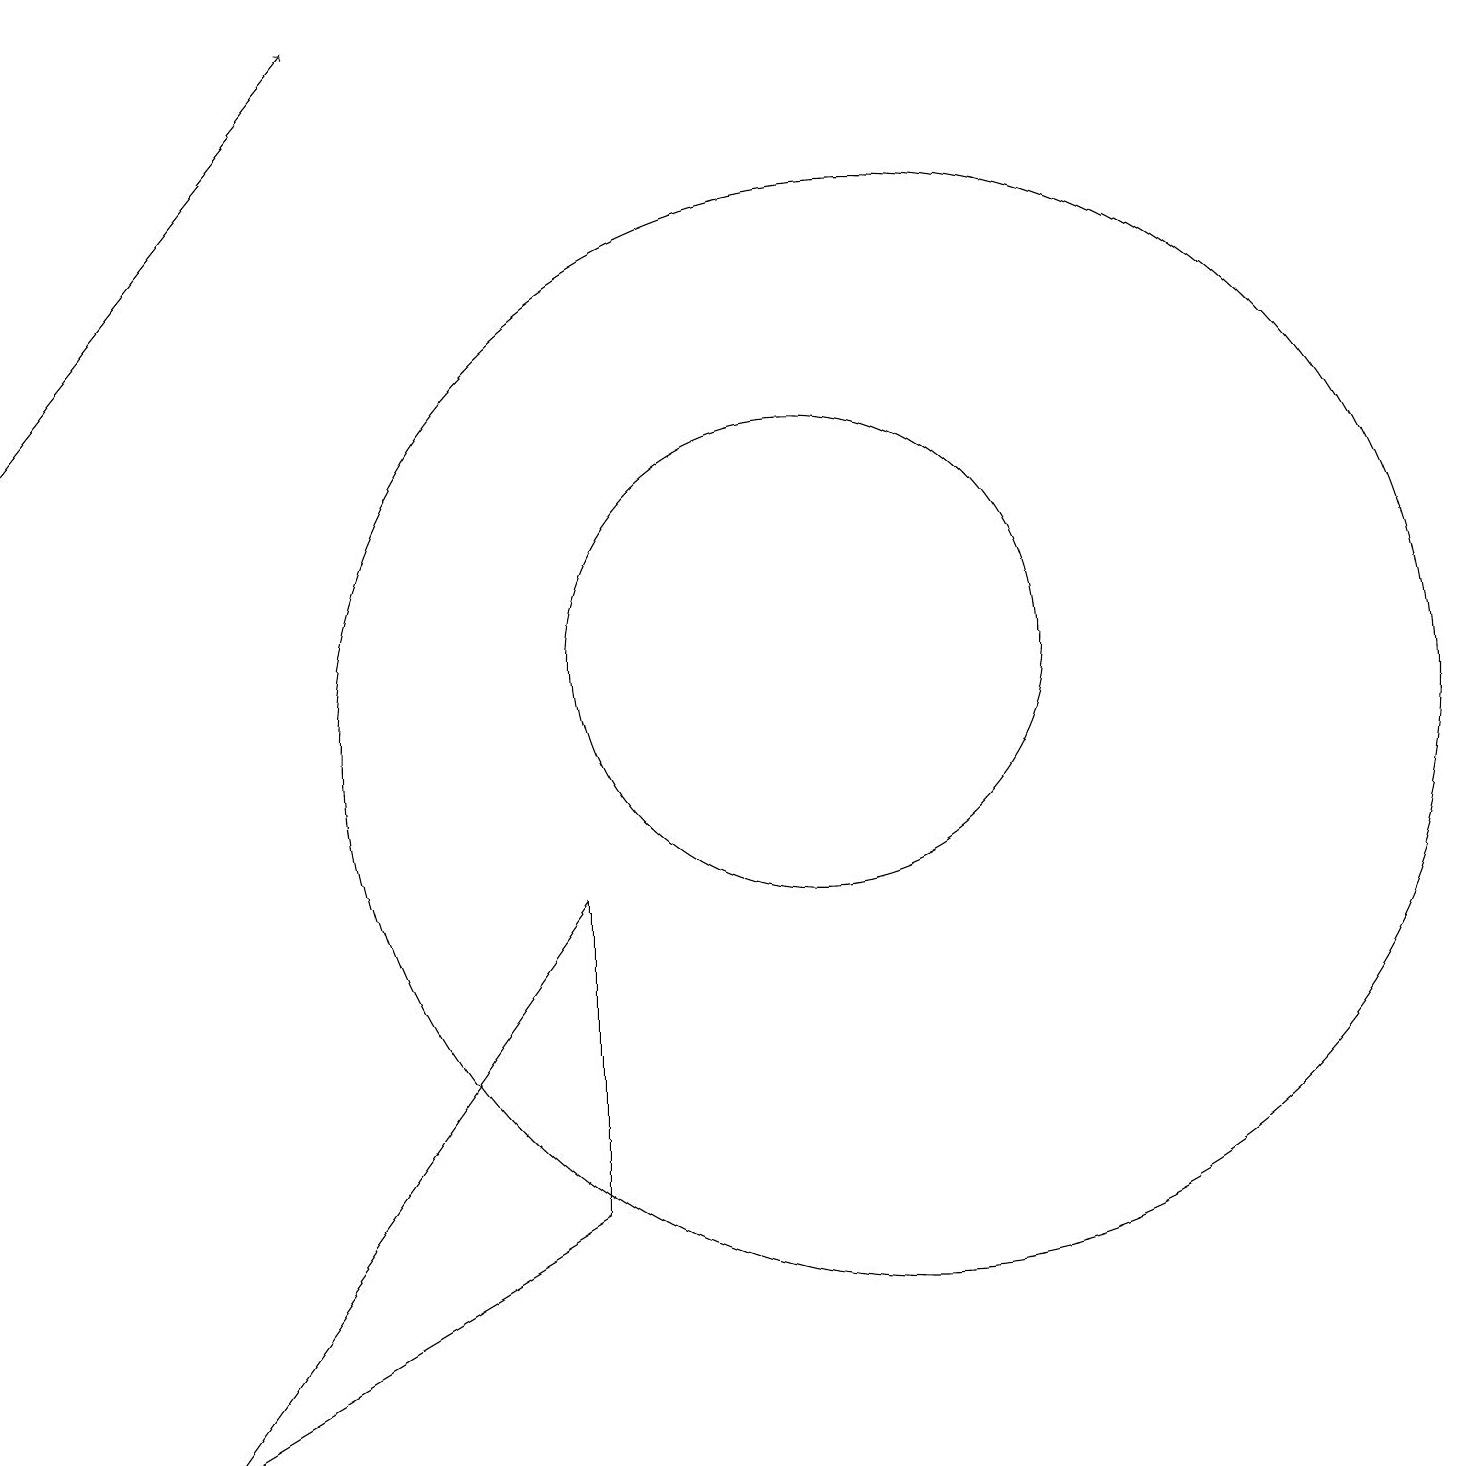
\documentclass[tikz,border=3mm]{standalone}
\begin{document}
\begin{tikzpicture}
\draw (8,8) -- (8,4) -- (3,1) -- cycle;
\draw (12,10) circle (0);
\draw (11,11) circle (3);
\draw (12,10) circle (7);
\draw (11,10) circle (0);
\draw[->] (1,14) -- (5,19);
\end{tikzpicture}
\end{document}